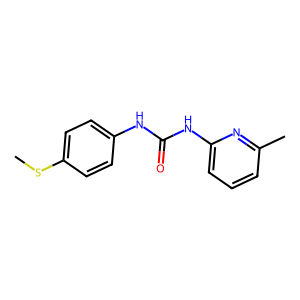
SMILES: CSc1ccc(NC(=O)Nc2cccc(C)n2)cc1
Inhibits HIV replication: No